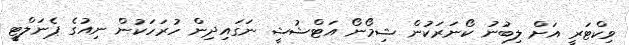
ވިކްޓަރީ އަށް ލިބުނު ކޯނަރަކުން ޝިމޯނޯ އަޓްޝުޝީ ނަގައިދިން ހުރަހަކުން ނިއުގެ ޕެނަލްޓީ